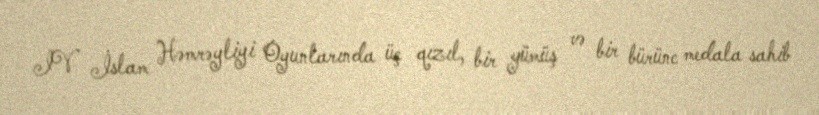
IV İslam Həmrəyliyi Oyunlarında üç qızıl, bir gümüş və bir bürünc medala sahib